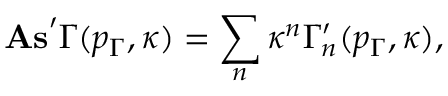
\mathrm { \bf A s } ^ { \prime } \Gamma ( p _ { \Gamma } , \kappa ) = \sum _ { n } \kappa ^ { n } \Gamma _ { n } ^ { \prime } ( p _ { \Gamma } , \kappa ) ,